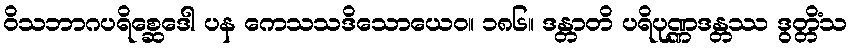
ဝိသဘာဂပရိစ္ဆေဒေါ ပန ကေသသဒိသောယေဝ။ ၁၈၆။ ဒန္တာတိ ပရိပုဏ္ဏဒန္တဿ ဒွတ္တိံသ